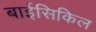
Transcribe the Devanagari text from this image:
बाईसिकिल